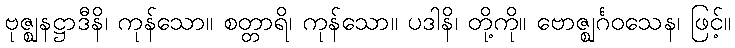
ဗုဇ္ဈနဋ္ဌာဒီနိ၊ ကုန်သော။ စတ္တာရိ၊ ကုန်သော။ ပဒါနိ၊ တို့ကို။ ဗောဇ္ဈင်္ဂဝသေန၊ ဖြင့်။